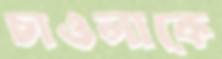
চাওলাকে